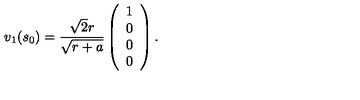
v _ { 1 } ( s _ { 0 } ) = { \frac { \sqrt { 2 } r } { \sqrt { r + a } } } \left( \begin{array} { c } { 1 } \\ { 0 } \\ { 0 } \\ { 0 } \\ \end{array} \right) .